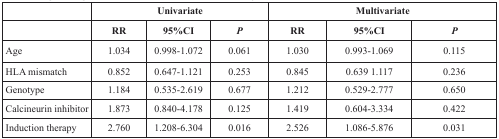
<table><thead><tr><td></td><td colspan="3"><b>Univariate</b></td><td colspan="3"><b>Multivariate</b></td></tr><tr><td></td><td><b>RR</b></td><td><b>95%CI</b></td><td><b><i>P</i></b></td><td><b>RR</b></td><td><b>95%CI</b></td><td><b><i>P</i></b></td></tr></thead><tbody><tr><td>Age</td><td>1.034</td><td>0.998-1.072</td><td>0.061</td><td>1.030</td><td>0.993-1.069</td><td>0.115</td></tr><tr><td>HLA mismatch</td><td>0.852</td><td>0.647-1.121</td><td>0.253</td><td>0.845</td><td>0.639 1.117</td><td>0.236</td></tr><tr><td>Genotype</td><td>1.184</td><td>0.535-2.619</td><td>0.677</td><td>1.212</td><td>0.529-2.777</td><td>0.650</td></tr><tr><td>Calcineurin inhibitor</td><td>1.873</td><td>0.840-4.178</td><td>0.125</td><td>1.419</td><td>0.604-3.334</td><td>0.422</td></tr><tr><td>Induction therapy</td><td>2.760</td><td>1.208-6.304</td><td>0.016</td><td>2.526</td><td>1.086-5.876</td><td>0.031</td></tr></tbody></table>